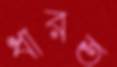
ধারত